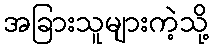
အခြားသူများကဲ့သို့